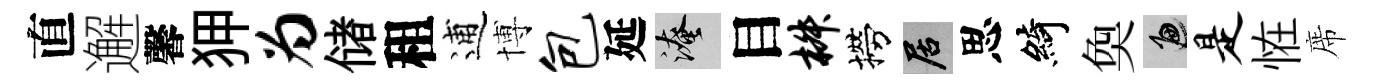
直邂馨狎为储租逋博包延淹目椒撈居思綺奐遍是恠席